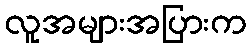
လူအများအပြားက